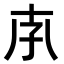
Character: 𡥇